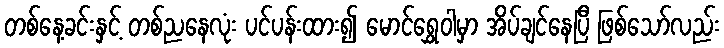
တစ်နေ့ခင်းနှင့် တစ်ညနေလုံး ပင်ပန်းထား၍ မောင်ရွှေဝါမှာ အိပ်ချင်နေပြီ ဖြစ်သော်လည်း